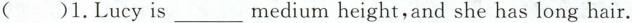
()1.Lucyis___medium height,and she has long hair.